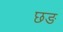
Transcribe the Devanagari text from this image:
छङ